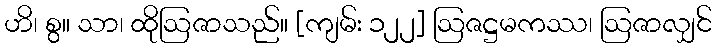
ဟိ၊ စွ။ သာ၊ ထိုဩဇာသည်။ [ကျမ်း ၁၂၂] ဩဇဋ္ဌမကဿ၊ ဩဇာလျှင်